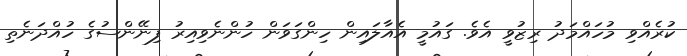
ކުރެއްވި މުހައްމަދު ރިޒުވީ އެވެ. ގައުމީ އެއާލައިން ހިންގަވަން ހުންނެވިއިރު ފިނޭންސުގެ ހުއްދަނެތި